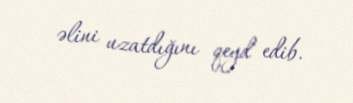
əlini uzatdığını qeyd edib.